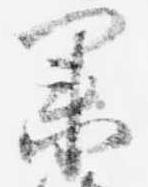
業